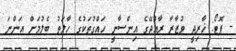
- ފޮޓޯ: ޚާރިޖީ ވުޒާރާ ރާއްޖޭގެ އިންސާނީ ހައްގުތަކުގެ ހާލަތު ބެލުމަށް އަންނަ